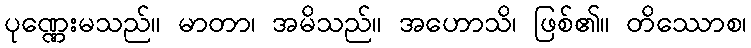
ပုဏ္ဏေးမသည်။ မာတာ၊ အမိသည်။ အဟောသိ၊ ဖြစ်၏။ တိဿောစ၊